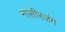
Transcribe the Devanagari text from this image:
नासीरजंग